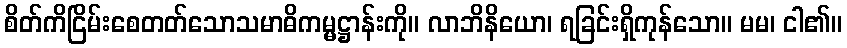
စိတ်ကိငြိမ်းစေတတ်သောသမာဓိကမ္မဋ္ဌာန်းကို။ လာဘိနိယော၊ ရခြင်းရှိကုန်သော။ မမ၊ ငါ၏။